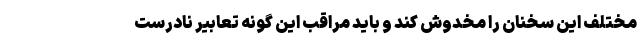
مختلف این سخنان را مخدوش کند و باید مراقب این‌ گونه تعابیر نادرست